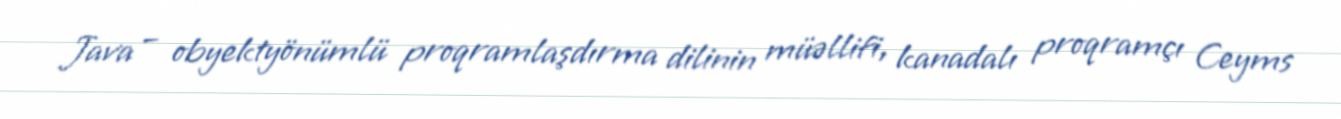
Java – obyektyönümlü proqramlaşdırma dilinin müəllifi, kanadalı proqramçı Ceyms